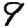
Digit: 9